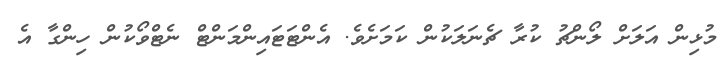
މުޅިން އަލަށް ލޯންޗު ކުރާ ޗެނަލަކުން ކަމަށެވެ. އެންޓަޓައިންމަންޓް ނެޓްވޯކުން ހިންގާ އެ